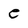
Character: e